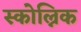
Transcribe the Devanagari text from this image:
स्कोल्निक